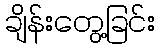
ချိန်းတွေ့ခြင်း